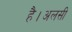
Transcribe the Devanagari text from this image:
है।अलसी